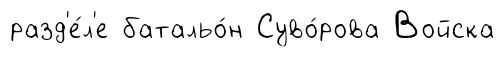
разд'е́л'е батальо́н Суво́рова Войска